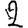
Digit: 2